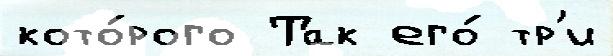
кото́рого Так его́ тр'и